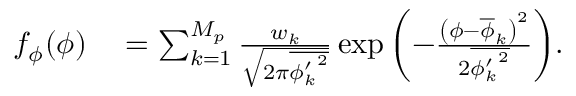
\begin{array} { r l } { f _ { \phi } ( \phi ) } & { { } = \sum _ { k = 1 } ^ { M _ { p } } \frac { w _ { k } } { \sqrt { 2 \pi \overline { { { \phi _ { k } ^ { \prime } } ^ { 2 } } } } } \exp { \left( - \frac { \left( \phi - \overline { { \phi } } _ { k } \right) ^ { 2 } } { 2 \overline { { { \phi _ { k } ^ { \prime } } ^ { 2 } } } } \right) } . } \end{array}